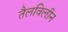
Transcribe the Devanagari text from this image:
तैलविलीन